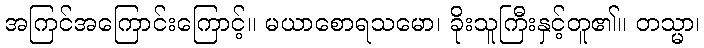
အကြင်အကြောင်းကြောင့်။ မယာစောရသမော၊ ခိုးသူကြီးနှင့်တူ၏။ တသ္မာ၊